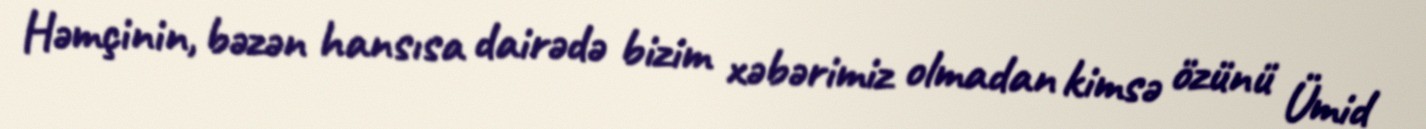
Həmçinin, bəzən hansısa dairədə bizim xəbərimiz olmadan kimsə özünü Ümid